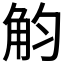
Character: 𧣏